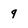
Character: 9